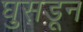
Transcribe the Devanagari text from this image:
घुसडून